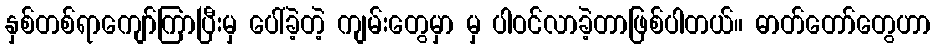
နှစ်တစ်ရာကျော်ကြာပြီးမှ ပေါ်ခဲ့တဲ့ ကျမ်းတွေမှာ မှ ပါဝင်လာခဲ့တာဖြစ်ပါတယ်။ ဓာတ်တော်တွေဟာ